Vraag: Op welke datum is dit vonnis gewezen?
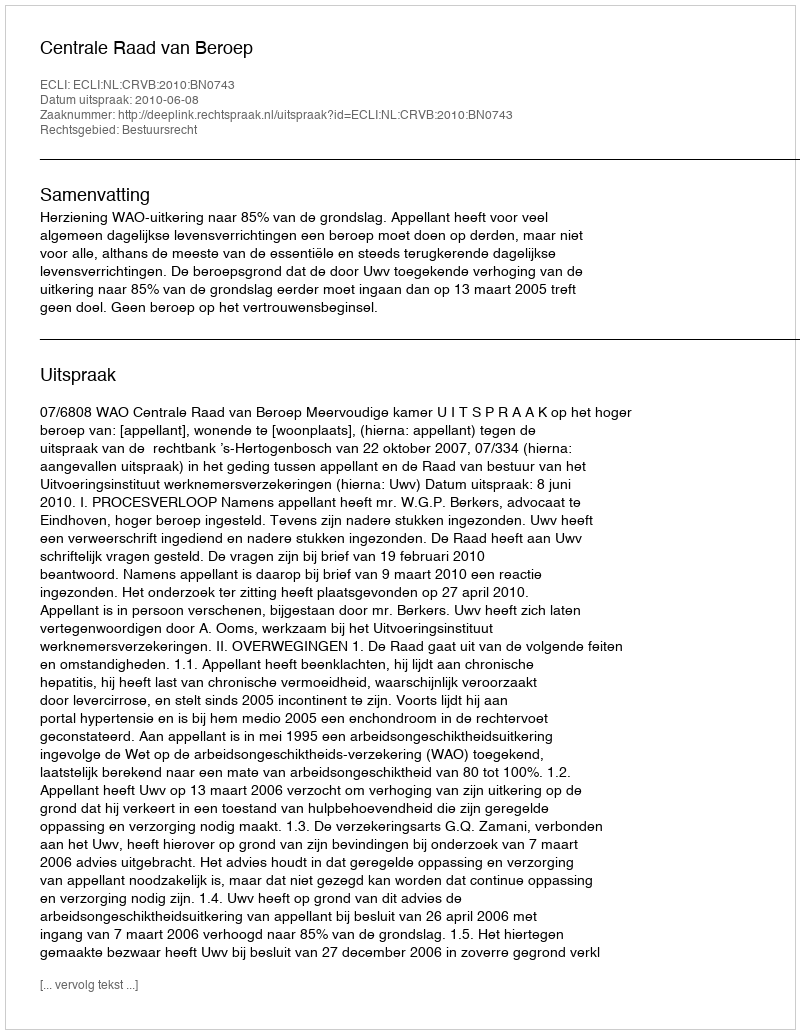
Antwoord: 2010-06-08